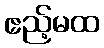
ဧည့်မထ